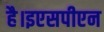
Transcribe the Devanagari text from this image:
है।इएसपीएन